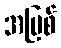
အပြစ်